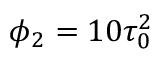
\phi _ { 2 } = 1 0 \tau _ { 0 } ^ { 2 }